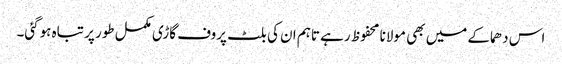
اس دھماکے میں بھی مولانا محفوظ رہے تاہم ان کی بلٹ پروف گاڑی مکمل طور پر تباہ ہوگئی۔